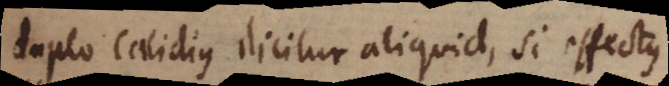
Duplo calidius dicitur aliquid, si effectus